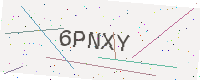
Text: 6PNXY